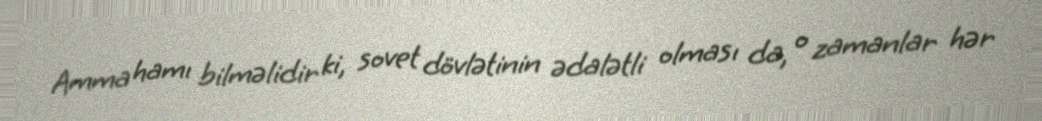
Amma hamı bilməlidir ki, sovet dövlətinin ədalətli olması da, o zamanlar hər